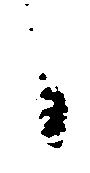
候